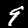
Label: 9